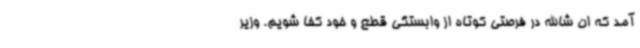
آمد که ان شاالله در فرصتی کوتاه از وابستگی قطع و خود کفا شویم. وزیر